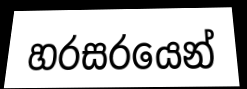
හරසරයෙන්